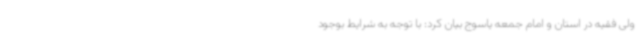
ولی فقیه در استان و امام جمعه یاسوج بیان کرد: با توجه به شرایط بوجود